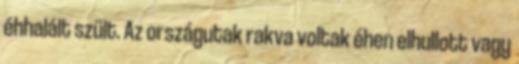
éhhalált szült. Az országutak rakva voltak éhen elhullott vagy